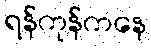
ရန်ကုန်ကနေ